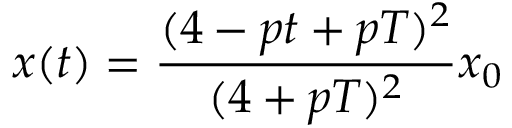
x ( t ) = { \frac { ( 4 - p t + p T ) ^ { 2 } } { ( 4 + p T ) ^ { 2 } } } x _ { 0 }